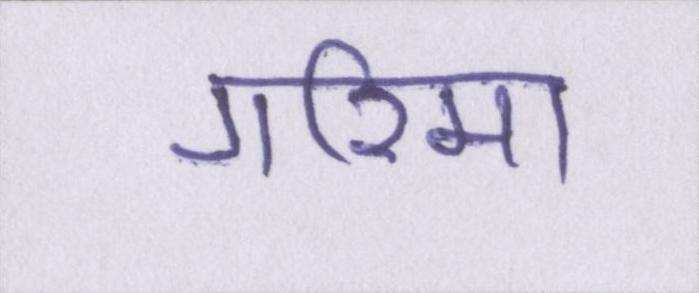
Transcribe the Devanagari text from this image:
गरिमा